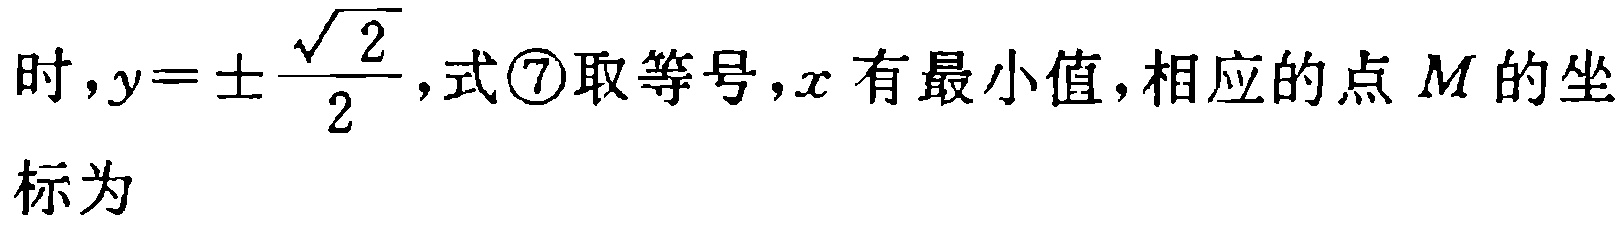
时，$y = \pm\frac{\sqrt{2}}{2}$，式\textcircled{7}取等号，$x$ 有最小值，相应的点 $M$ 的坐标为